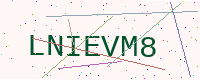
Text: LNIEVM8